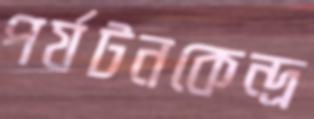
পর্যটনকেন্দ্র